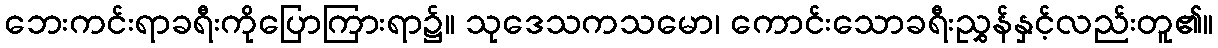
ဘေးကင်းရာခရီးကိုပြောကြားရာ၌။ သုဒေသကသမော၊ ကောင်းသောခရီးညွှန်နှင့်လည်းတူ၏။